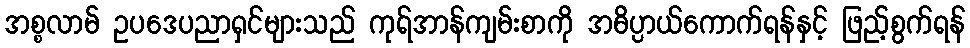
အစ္စလာမ် ဥပဒေပညာရှင်များသည် ကုရ်အာန်ကျမ်းစာကို အဓိပ္ပာယ်ကောက်ရန်နှင့် ဖြည့်စွက်ရန်